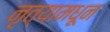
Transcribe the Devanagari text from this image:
नृत्यामधून